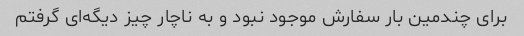
برای چندمین بار سفارش موجود نبود و به ناچار چیز دیگه‌ای گرفتم